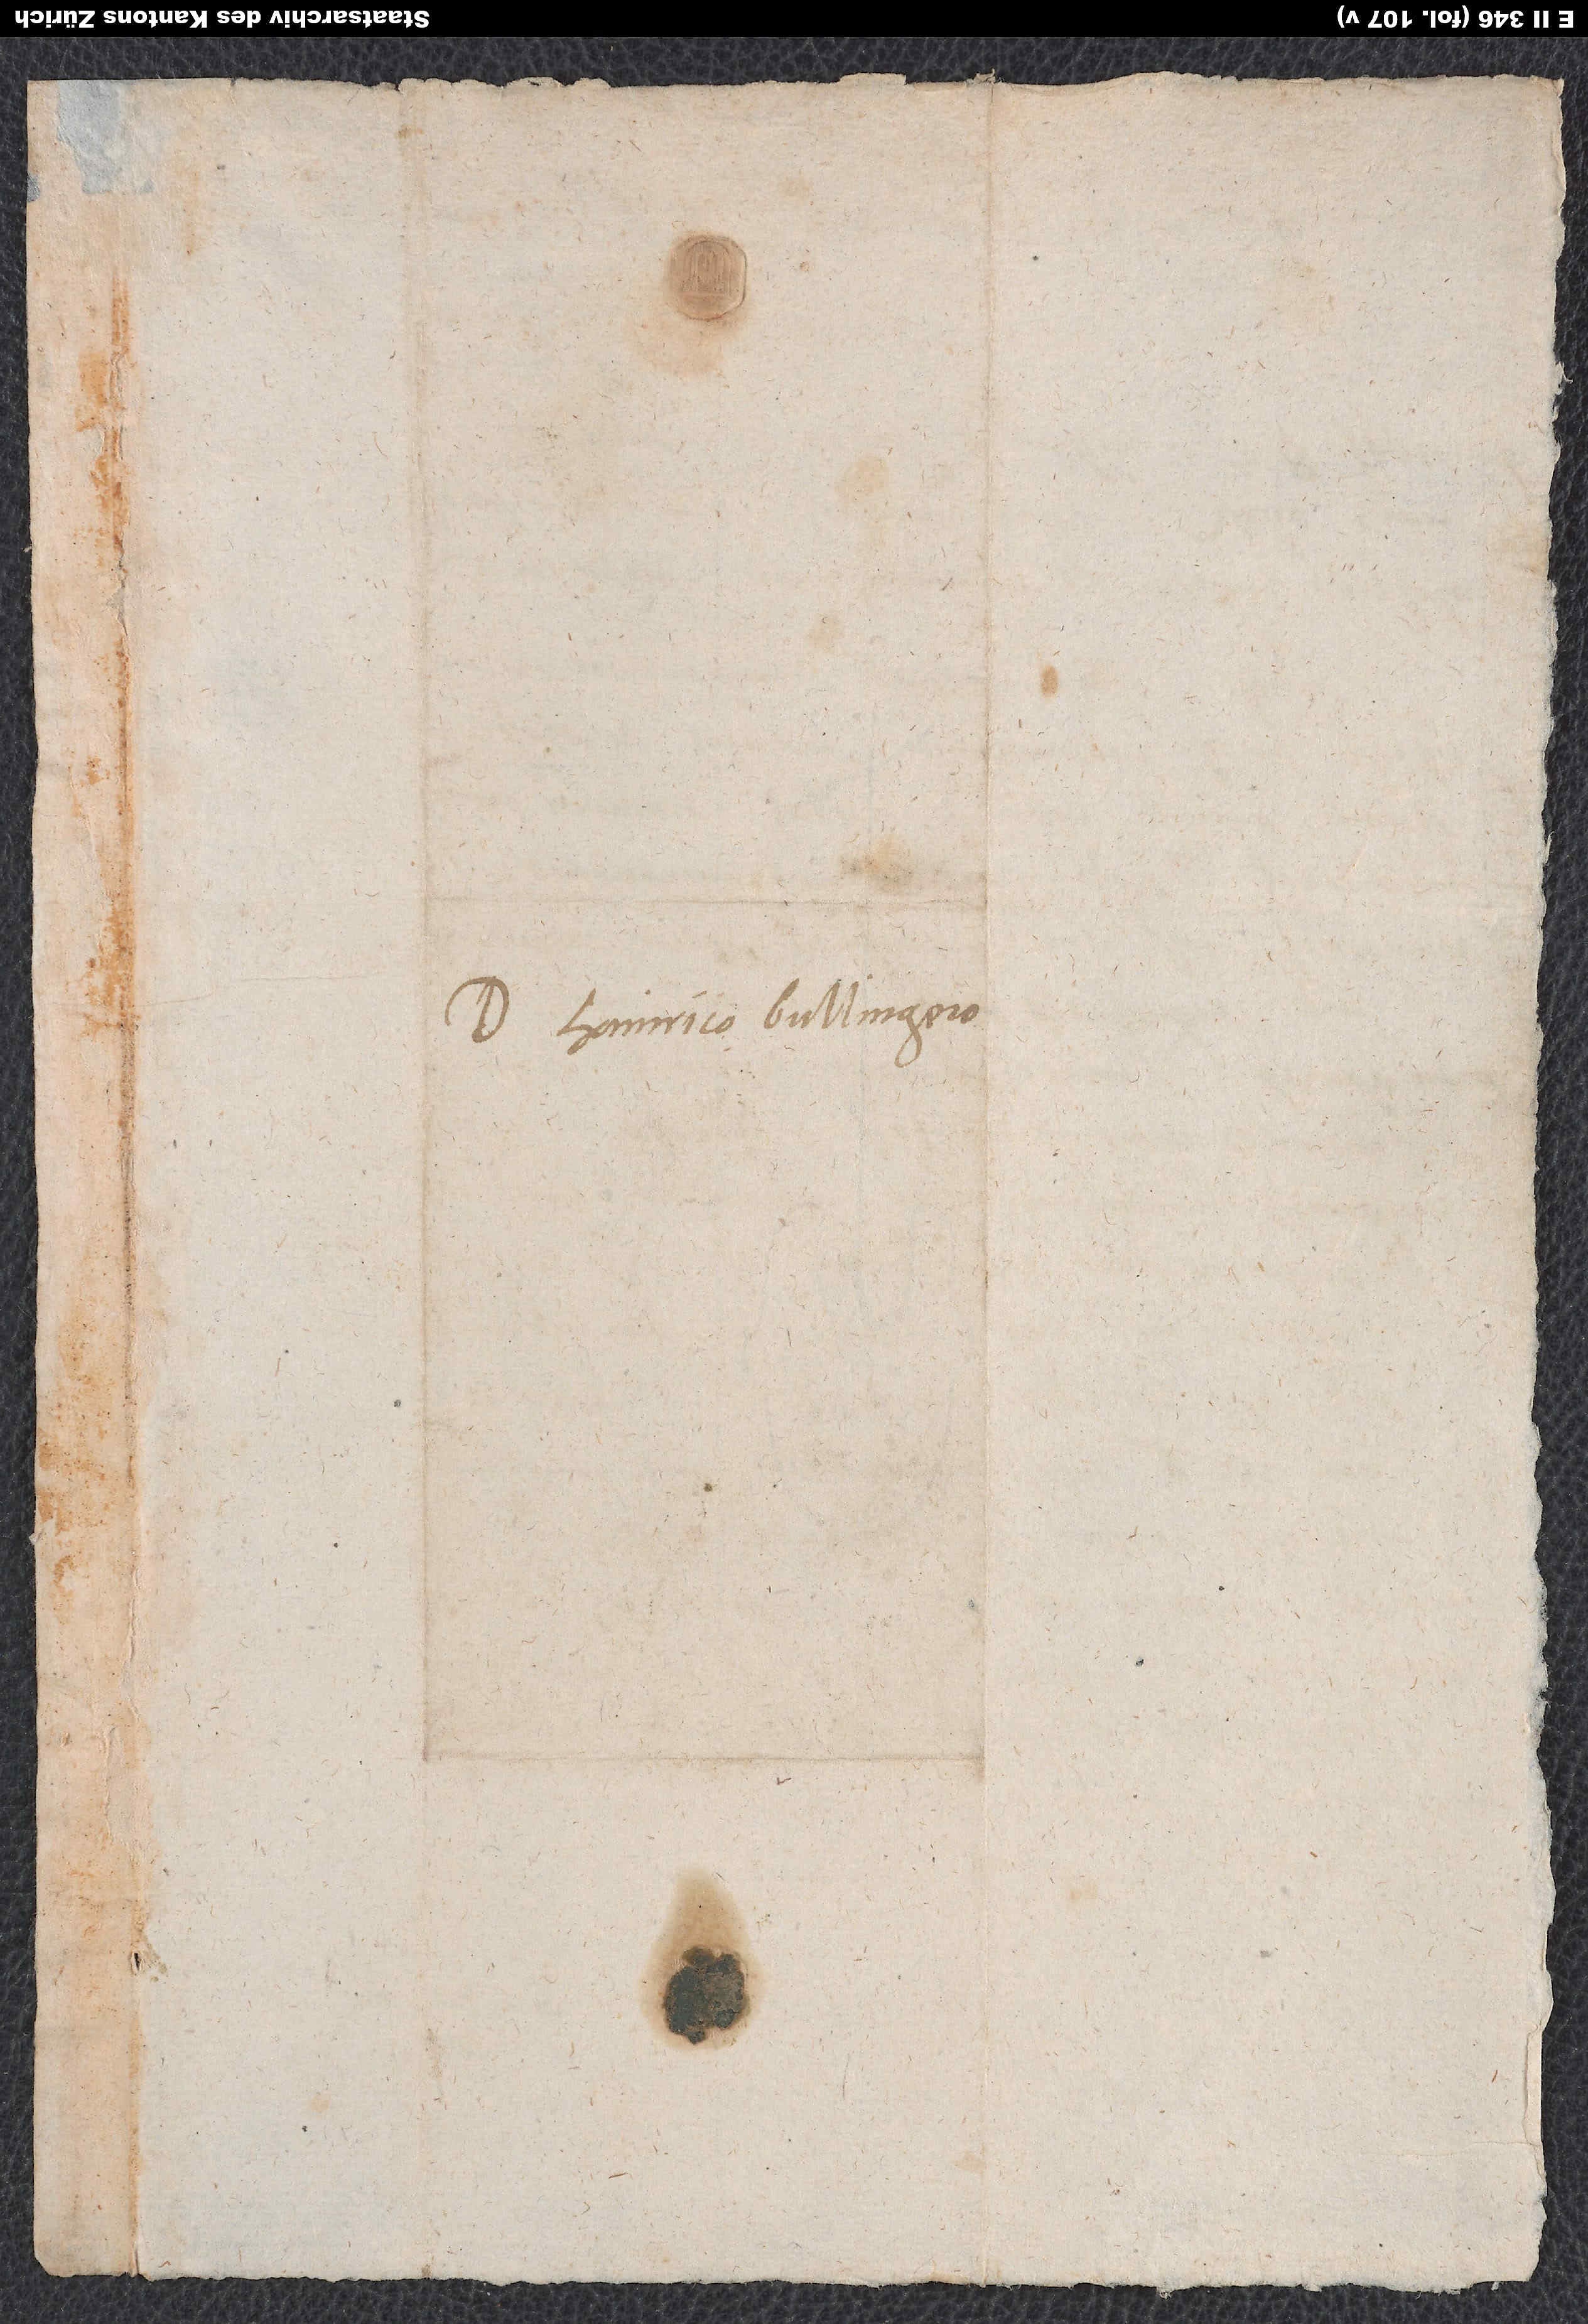
Domino Hainrico Bullingero.